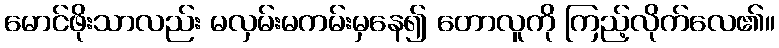
မောင်ဖိုးသာလည်း မလှမ်းမကမ်းမှနေ၍ တောလူကို ကြည့်လိုက်လေ၏။